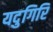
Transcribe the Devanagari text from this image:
यदुगिरि